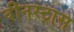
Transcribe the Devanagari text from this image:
वीनस्ट्रास